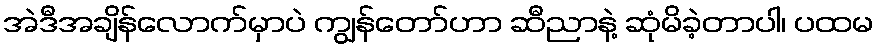
အဲဒီအချိန်လောက်မှာပဲ ကျွန်တော်ဟာ ဆီညာနဲ့ ဆုံမိခဲ့တာပါ၊ ပထမ